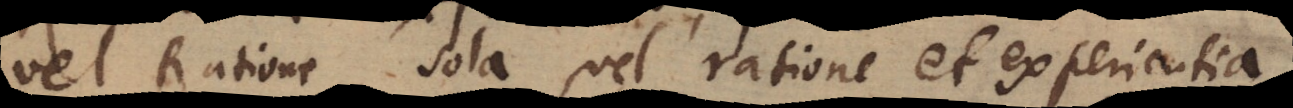
vel Ratione sola vel ratione et experientia